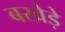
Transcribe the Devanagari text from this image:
बखेड़े